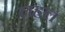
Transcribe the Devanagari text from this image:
लहल